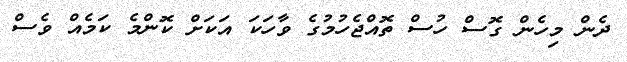
ދެން މިހެން ގޮސް ހުސް ތޮއްޖެހުމުގެ ވާހަކަ އަކަށް ކޮންމެ ކަމެއް ވެސް